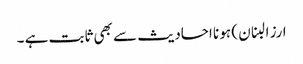
ارز البنان ) ہو نا احادیث سے بھی ثابت ہے ۔